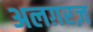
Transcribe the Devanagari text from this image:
अलग़रज़